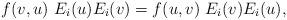
LaTeX: \begin{align*}f(v,u)\ E_i(u) E_i(v)= f(u,v)\ E_i(v) E_i(u),\end{align*}